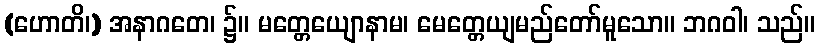
(ဟောတိ၊) အနာဂတေ၊ ၌။ မတ္တေယျောနာမ၊ မေတ္တေယျမည်တော်မူသော။ ဘဂဝါ၊ သည်။